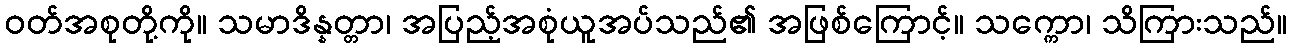
ဝတ်အစုတို့ကို။ သမာဒိန္နတ္တာ၊ အပြည့်အစုံယူအပ်သည်၏ အဖြစ်ကြောင့်။ သက္ကော၊ သိကြားသည်။